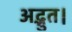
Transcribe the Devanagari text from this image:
अद्भुत।